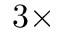
3 \times